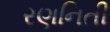
રણનિતી